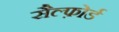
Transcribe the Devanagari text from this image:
सैल्फ़ोर्ड